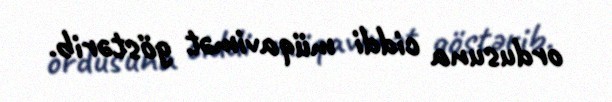
ordusuna ciddi müqavimət göstərib.